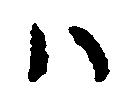
ハ